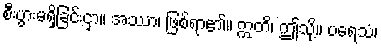
စီးပွားမရှိခြင်းငှာ။ အဿာ၊ ဖြစ်ရာ၏။ ဣတိ၊ ဤသို့။ ပရေသံ၊